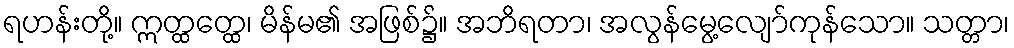
ရဟန်းတို့။ ဣတ္ထတ္ထေ၊ မိန်မ၏ အဖြစ်၌။ အဘိရတာ၊ အလွန်မွေ့လျော်ကုန်သော။ သတ္တာ၊